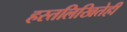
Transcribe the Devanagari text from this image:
हस्तलिखितेही